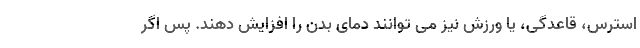
استرس، قاعدگی، یا ورزش نیز می توانند دمای بدن را افزایش دهند. پس اگر